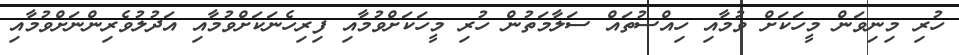
ހުރި މިނިވަން މީހަކަށް ވުމާއި ހިއްސުތައް ސަލާމަތުން ހުރި މީހަކަށްވުމާއި ފިރިހެނަކަށްވުމާއި އަދުލުވެރިންނަށްވުމާއި